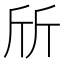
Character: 斦